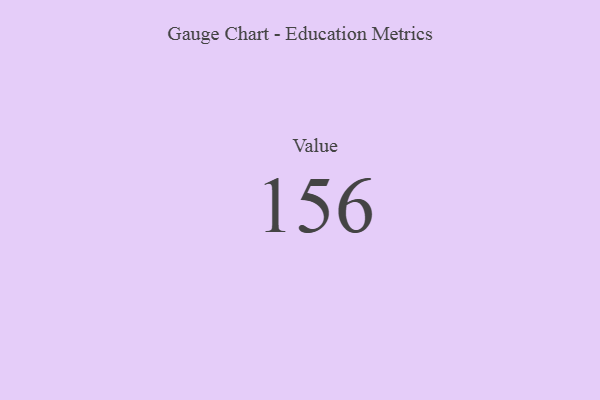
{"axis": {"x": "Metric", "y": "Value"}, "legend": [""], "data": [{"x": "Value", "y": 156, "type": ""}]}